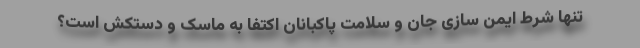
تنها شرط ایمن سازی جان و سلامت پاکبانان اکتفا به ماسک و دستکش است؟